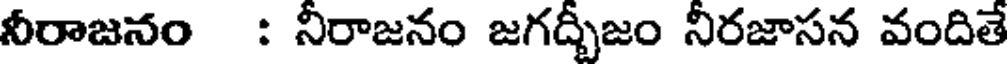
నీరాజనం : నీరాజనం జగద్భీజం నీరజాసన వందితే